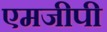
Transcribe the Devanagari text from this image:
एमजीपी